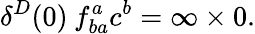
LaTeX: \delta^{D}(0)\: f_{ba}^{a}c^{b}=\infty\times 0.